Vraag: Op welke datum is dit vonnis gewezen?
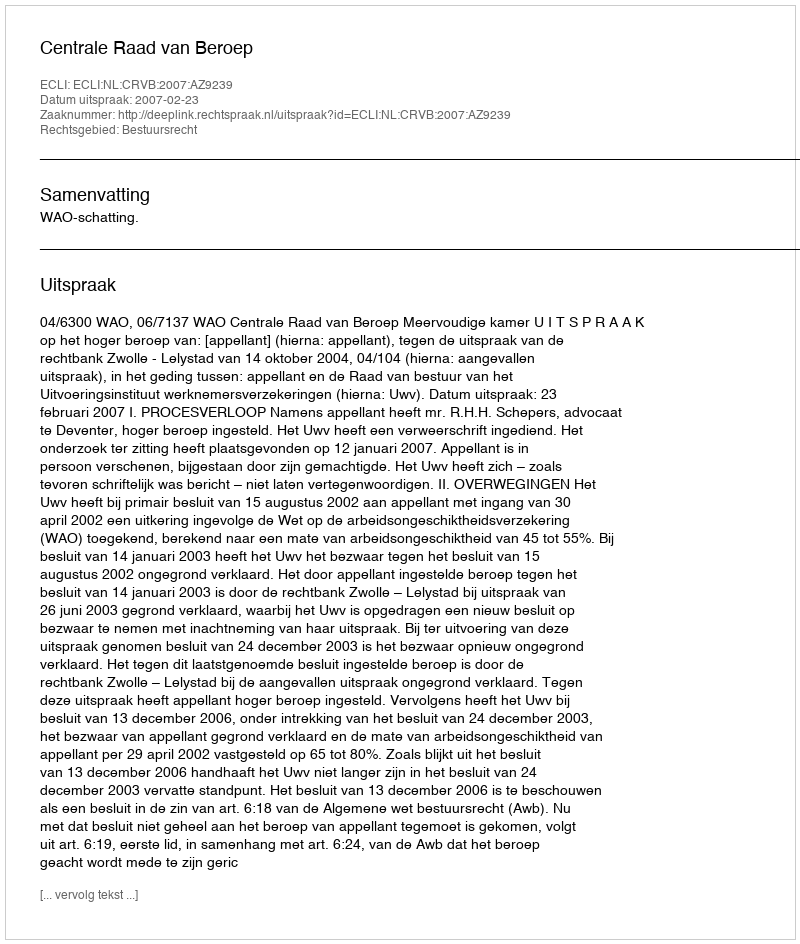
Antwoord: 2007-02-23